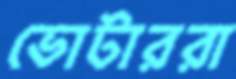
ভোটাররা